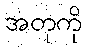
အတုကို